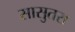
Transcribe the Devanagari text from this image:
सासुतरा